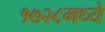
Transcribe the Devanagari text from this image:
१७२८मध्ये